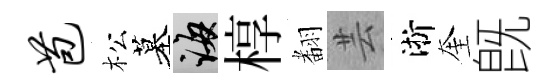
苞松墓誨椁𮋒芸淅奎旣